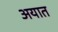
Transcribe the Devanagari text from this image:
अयात